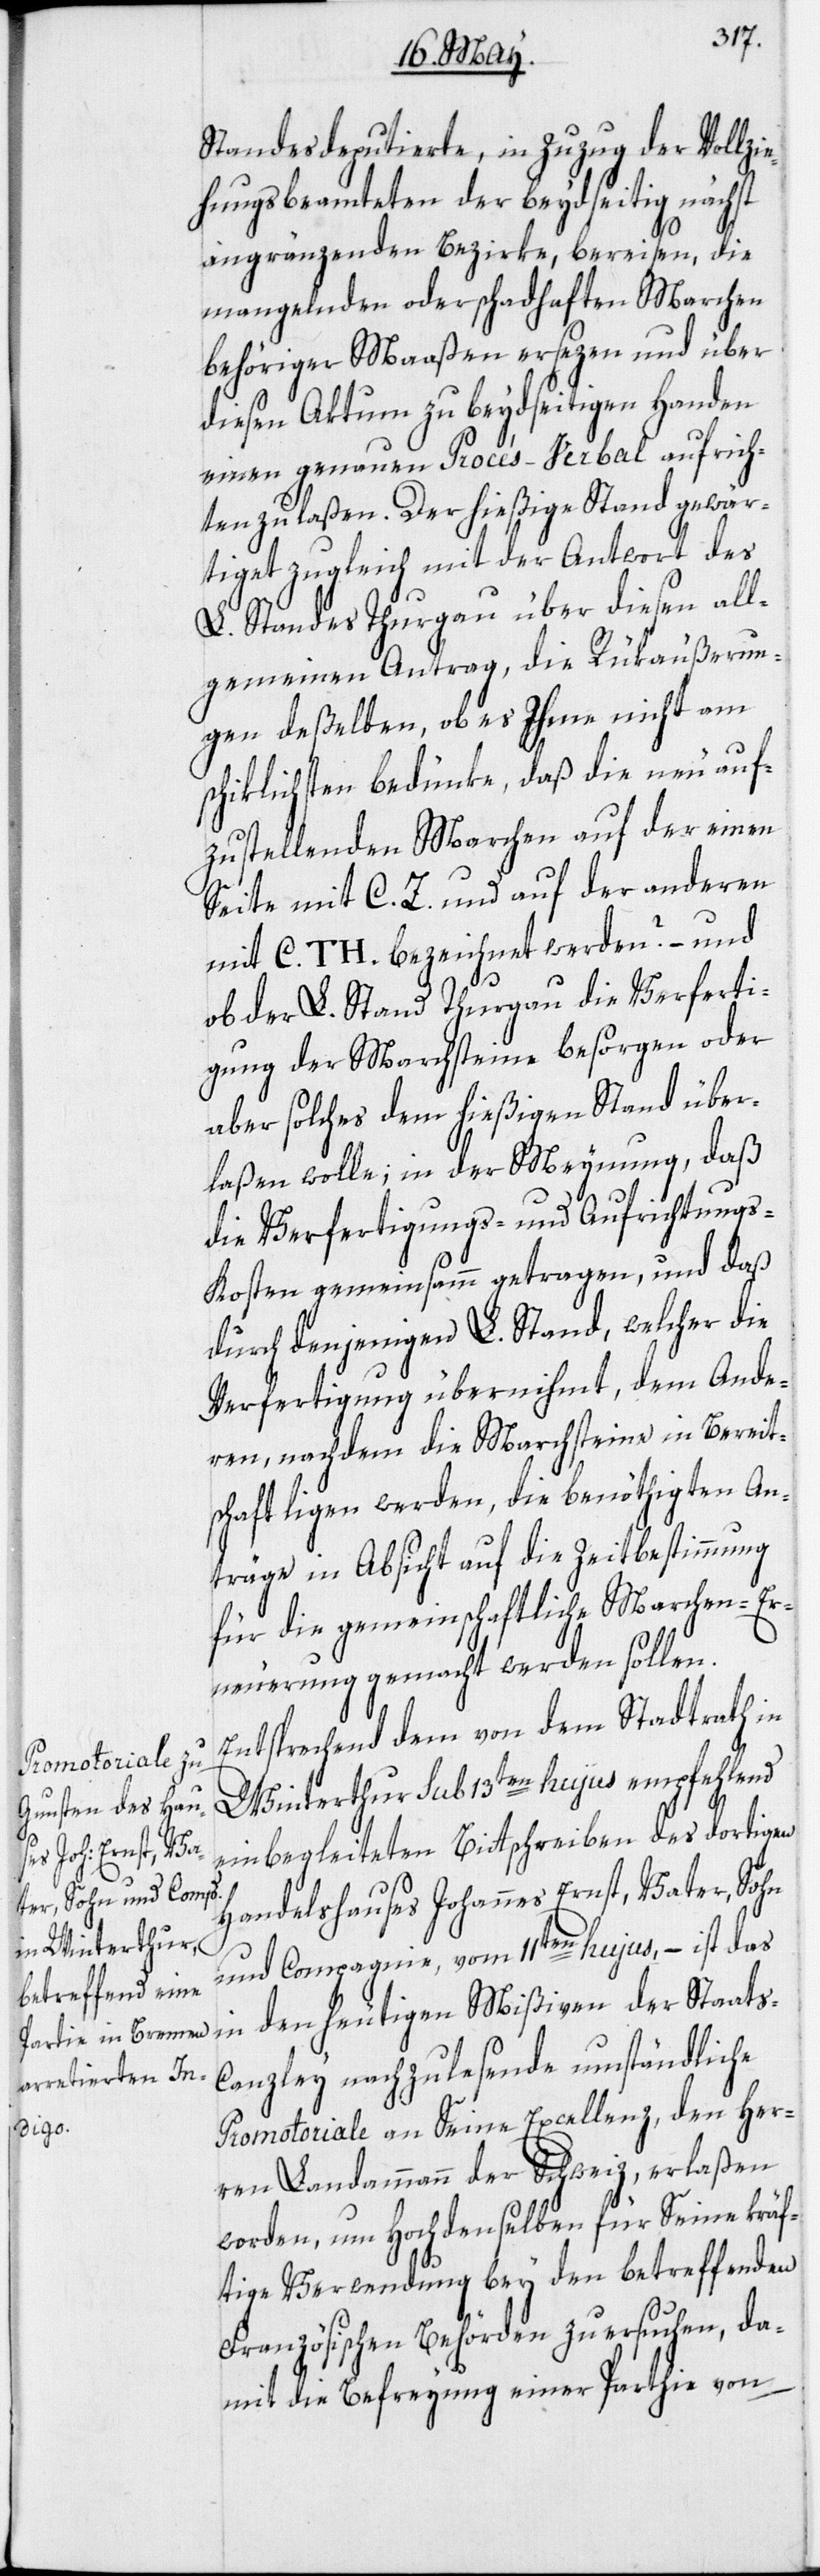
Standesdeputierte, in Zuzug der Vollzi¬
ehungsbeamteten der beydseitig nächst
angränzenden Bezirke, bereisen, die
mangelnden oder schadhaften Marchen
behöriger Maaßen ersezen und über
diesen Aktum zu beydseitigen Handen
einen genauen Procés-Verbal aufrich¬
ten zu laßen. Der hießige Stand gewär¬
tiget zugleich mit der Antwort des
L. Standes Thurgau über diesen all¬
gemeinen Antrag, die Rükäußerun¬
gen deßelben, ob es Ihme nicht am
schiklichsten bedünke, daß die neu auf¬
zustellenden Marchen auf der einen
Seite mit C. Z. und auf der anderen
mit C. TH. bezeichnet werden? – und
ob der L. Stand Thurgau die Verferti¬
gung der Marchsteine besorgen oder
aber solches dem hießigen Stand über¬
laßen wolle; in der Meynung, daß
die Verfertigungs- und Aufrichtungs-K¬
osten gemeinsamm getragen, und daß
durch denjenigen L. Stand, welcher die
Verfertigung übernihmt, dem Ande¬
ren, nachdem die Marchsteine in Bereit¬
schaft ligen werden, die benöthigten An¬
träge in Absicht auf die Zeitbestimmung
für die gemeinschaftliche Marchen-Er¬
neuerung gemacht werden sollen.
Entsprechend dem von dem Stadtrath in
Winterthur sub 13ten hujus empfehlend
einbegleiteten Bittschreiben des dortigen
der Staats-C¬
Handelshauses Johannes Ernst, Vater, Sohn
und Compagnie, vom 11ten hujus, – ist das
anzley nachzulesende umständliche
Promotoriale an Seine Excellenz, den Her¬
ren Landammann der Schweiz, erlaßen
worden, um Hochdenselben für Seine kräf¬
tige Verwendung bey den betreffenden
Französischen Behörden zu ersuchen, da¬
mit die Befreyung einer Parthie von